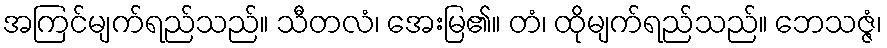
အကြင်မျက်ရည်သည်။ သီတလံ၊ အေးမြ၏။ တံ၊ ထိုမျက်ရည်သည်။ ဘေသဇ္ဇံ၊